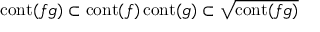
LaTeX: \operatorname { c o n t } ( f g ) \subset \operatorname { c o n t } ( f ) \operatorname { c o n t } ( g ) \subset { \sqrt { \operatorname { c o n t } ( f g ) } }